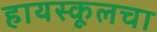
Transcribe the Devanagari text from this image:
हायस्‍कूलचा